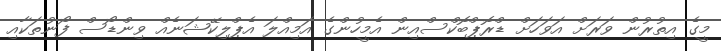
މީގެ އިތުރުން ވަރަށް އަވަހަށް ޑްރޮޕްބޮކްސްއިން އެމީހުންގެ އަމިއްލަ އެޕްލިކޭޝަނެއް ވިންޑޯސް ފޯނުތަކާއި